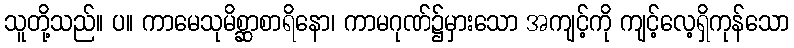
သူတို့သည်။ ပ။ ကာမေသုမိစ္ဆာစာရိနော၊ ကာမဂုဏ်၌မှားသော အကျင့်ကို ကျင့်လေ့ရှိကုန်သော